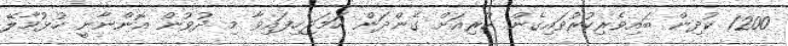
1200 ކުދިން ބައިވެރިކުރުވައިގެން ކުރިއަށް ގެންދަން ހަމަޖެހިފައިވާ މި ދުވުން އޮންނާނީ ހުޅުމާލޭ